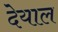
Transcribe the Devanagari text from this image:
देयाल